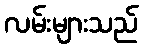
လမ်းများသည်